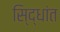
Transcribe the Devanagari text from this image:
सि्द्धांत